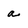
Character: a